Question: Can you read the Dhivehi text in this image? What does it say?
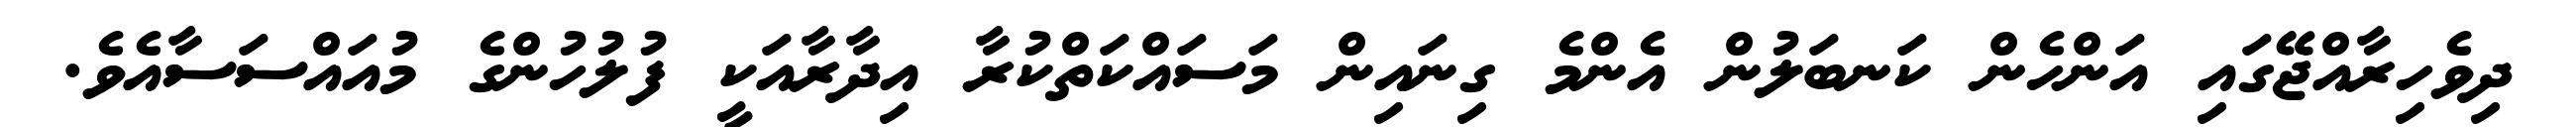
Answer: ދިވެހިރާއްޖޭގައި އަންހެން ކަނބަލުން އެންމެ ގިނައިން މަސައްކަތްކުރާ އިދާރާއަކީ ފުލުހުންގެ މުއައްސަސާއެވެ.